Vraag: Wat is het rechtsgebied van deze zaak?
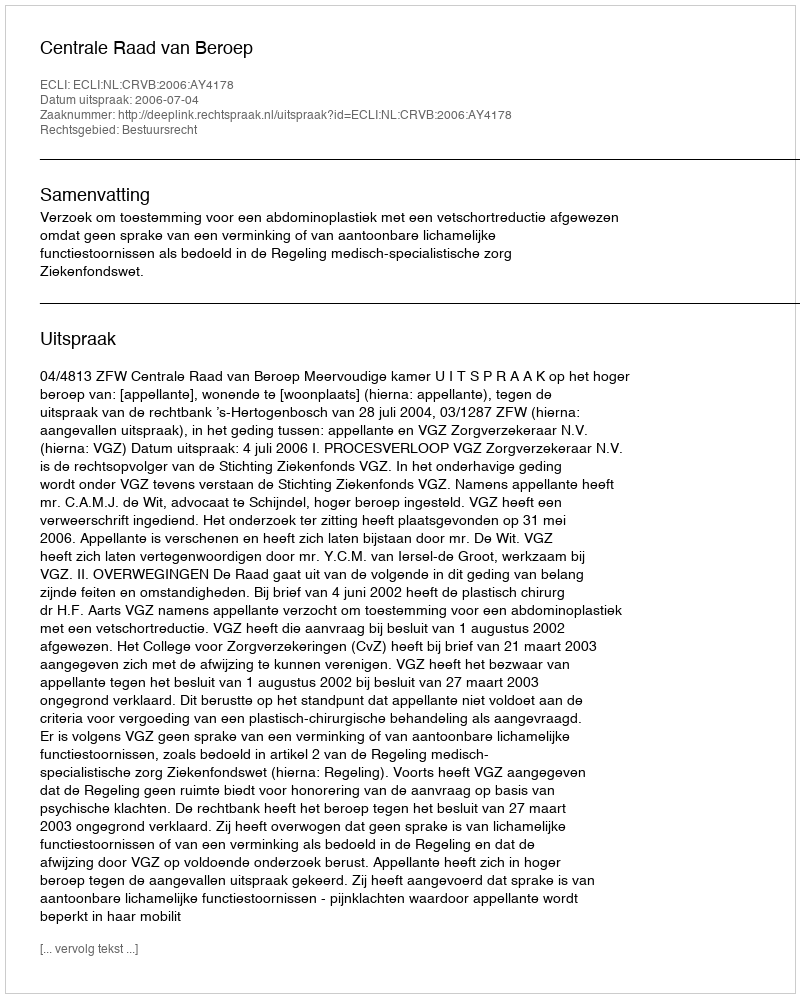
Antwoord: Bestuursrecht